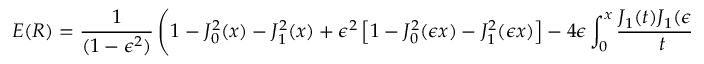
E ( R ) = { \frac { 1 } { ( 1 - \epsilon ^ { 2 } ) } } \left( 1 - J _ { 0 } ^ { 2 } ( x ) - J _ { 1 } ^ { 2 } ( x ) + \epsilon ^ { 2 } \left[ 1 - J _ { 0 } ^ { 2 } ( \epsilon x ) - J _ { 1 } ^ { 2 } ( \epsilon x ) \right] - 4 \epsilon \int _ { 0 } ^ { x } { \frac { J _ { 1 } ( t ) J _ { 1 } ( \epsilon t ) } { t } } \, d t \right)